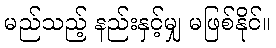
မည်သည့် နည်းနှင့်မျှ မဖြစ်နိုင်။